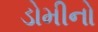
ડોમીનો